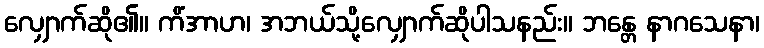
လျှောက်ဆို၏။ ကိံအာဟ၊ အဘယ်သို့လျှောက်ဆိုပါသနည်း။ ဘန္တေ နာဂသေနာ၊